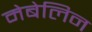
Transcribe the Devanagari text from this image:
मेबेलिन